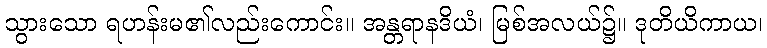
သွားသော ရဟန်းမ၏လည်းကောင်း။ အန္တရာနဒိယံ၊ မြစ်အလယ်၌။ ဒုတိယိကာယ၊